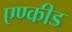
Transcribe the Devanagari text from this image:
एण्कीड